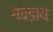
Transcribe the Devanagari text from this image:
गवड़ाय